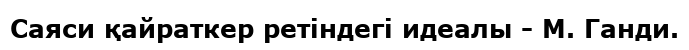
Саяси қайраткер ретіндегі идеалы - М. Ганди.